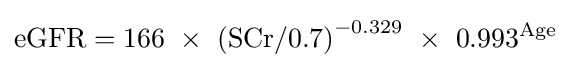
\mathrm {eGFR} =166\ \times \ \mathrm {(SCr/0.7)} ^{-0.329}\ \times \ 0.993^{\text{Age}}\